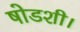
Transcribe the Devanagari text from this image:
षोडशी।